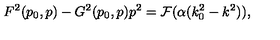
F ^ { 2 } ( p _ { 0 } , p ) - G ^ { 2 } ( p _ { 0 } , p ) p ^ { 2 } = { \cal F } ( \alpha ( k _ { 0 } ^ { 2 } - k ^ { 2 } ) ) ,